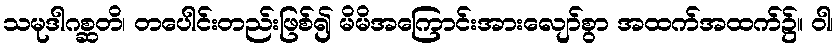
သမုဒါဂစ္ဆတိ၊ တပေါင်းတည်းဖြစ်၍ မိမိအကြောင်းအားလျော်စွာ အထက်အထက်၌။ ဝါ၊